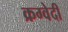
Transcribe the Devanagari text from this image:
क्रग्वेदी